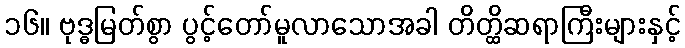
၁၆။ ဗုဒ္ဓမြတ်စွာ ပွင့်တော်မူလာသောအခါ တိတ္ထိဆရာကြီးများနှင့်